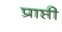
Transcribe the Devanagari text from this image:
प्राप्ती